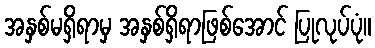
အနှစ်မရှိရာမှ အနှစ်ရှိရာဖြစ်အောင် ပြုလုပ်ပုံ။